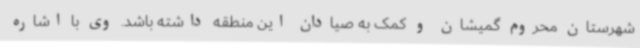
شهرستان محروم گمیشان و کمک به صیادان این منطقه داشته باشد. وی با اشاره